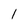
Character: 1